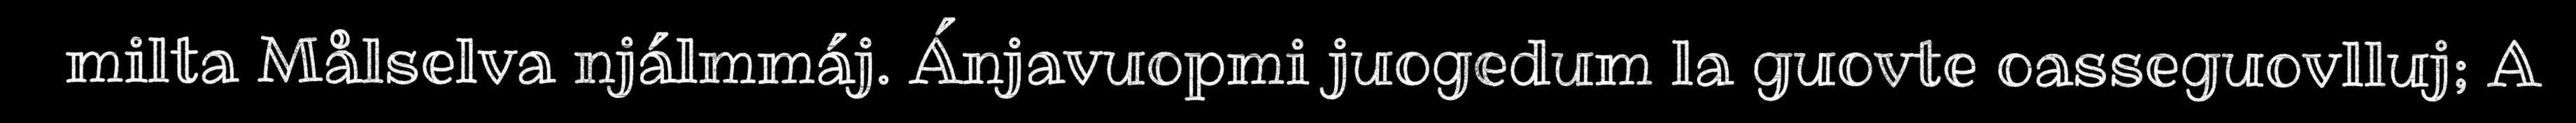
milta Målselva njálmmáj. Ánjavuopmi juogedum la guovte oasseguovlluj; A